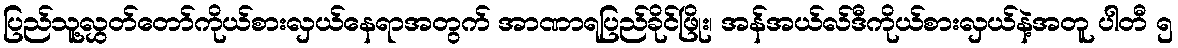
ပြည်သူ့လွှတ်တော်ကိုယ်စားလှယ်နေရာအတွက် အာဏာရပြည်ခိုင်ဖြိုး၊ အန်အယ်လ်ဒီကိုယ်စားလှယ်နဲ့အတူ ပါတီ ၅